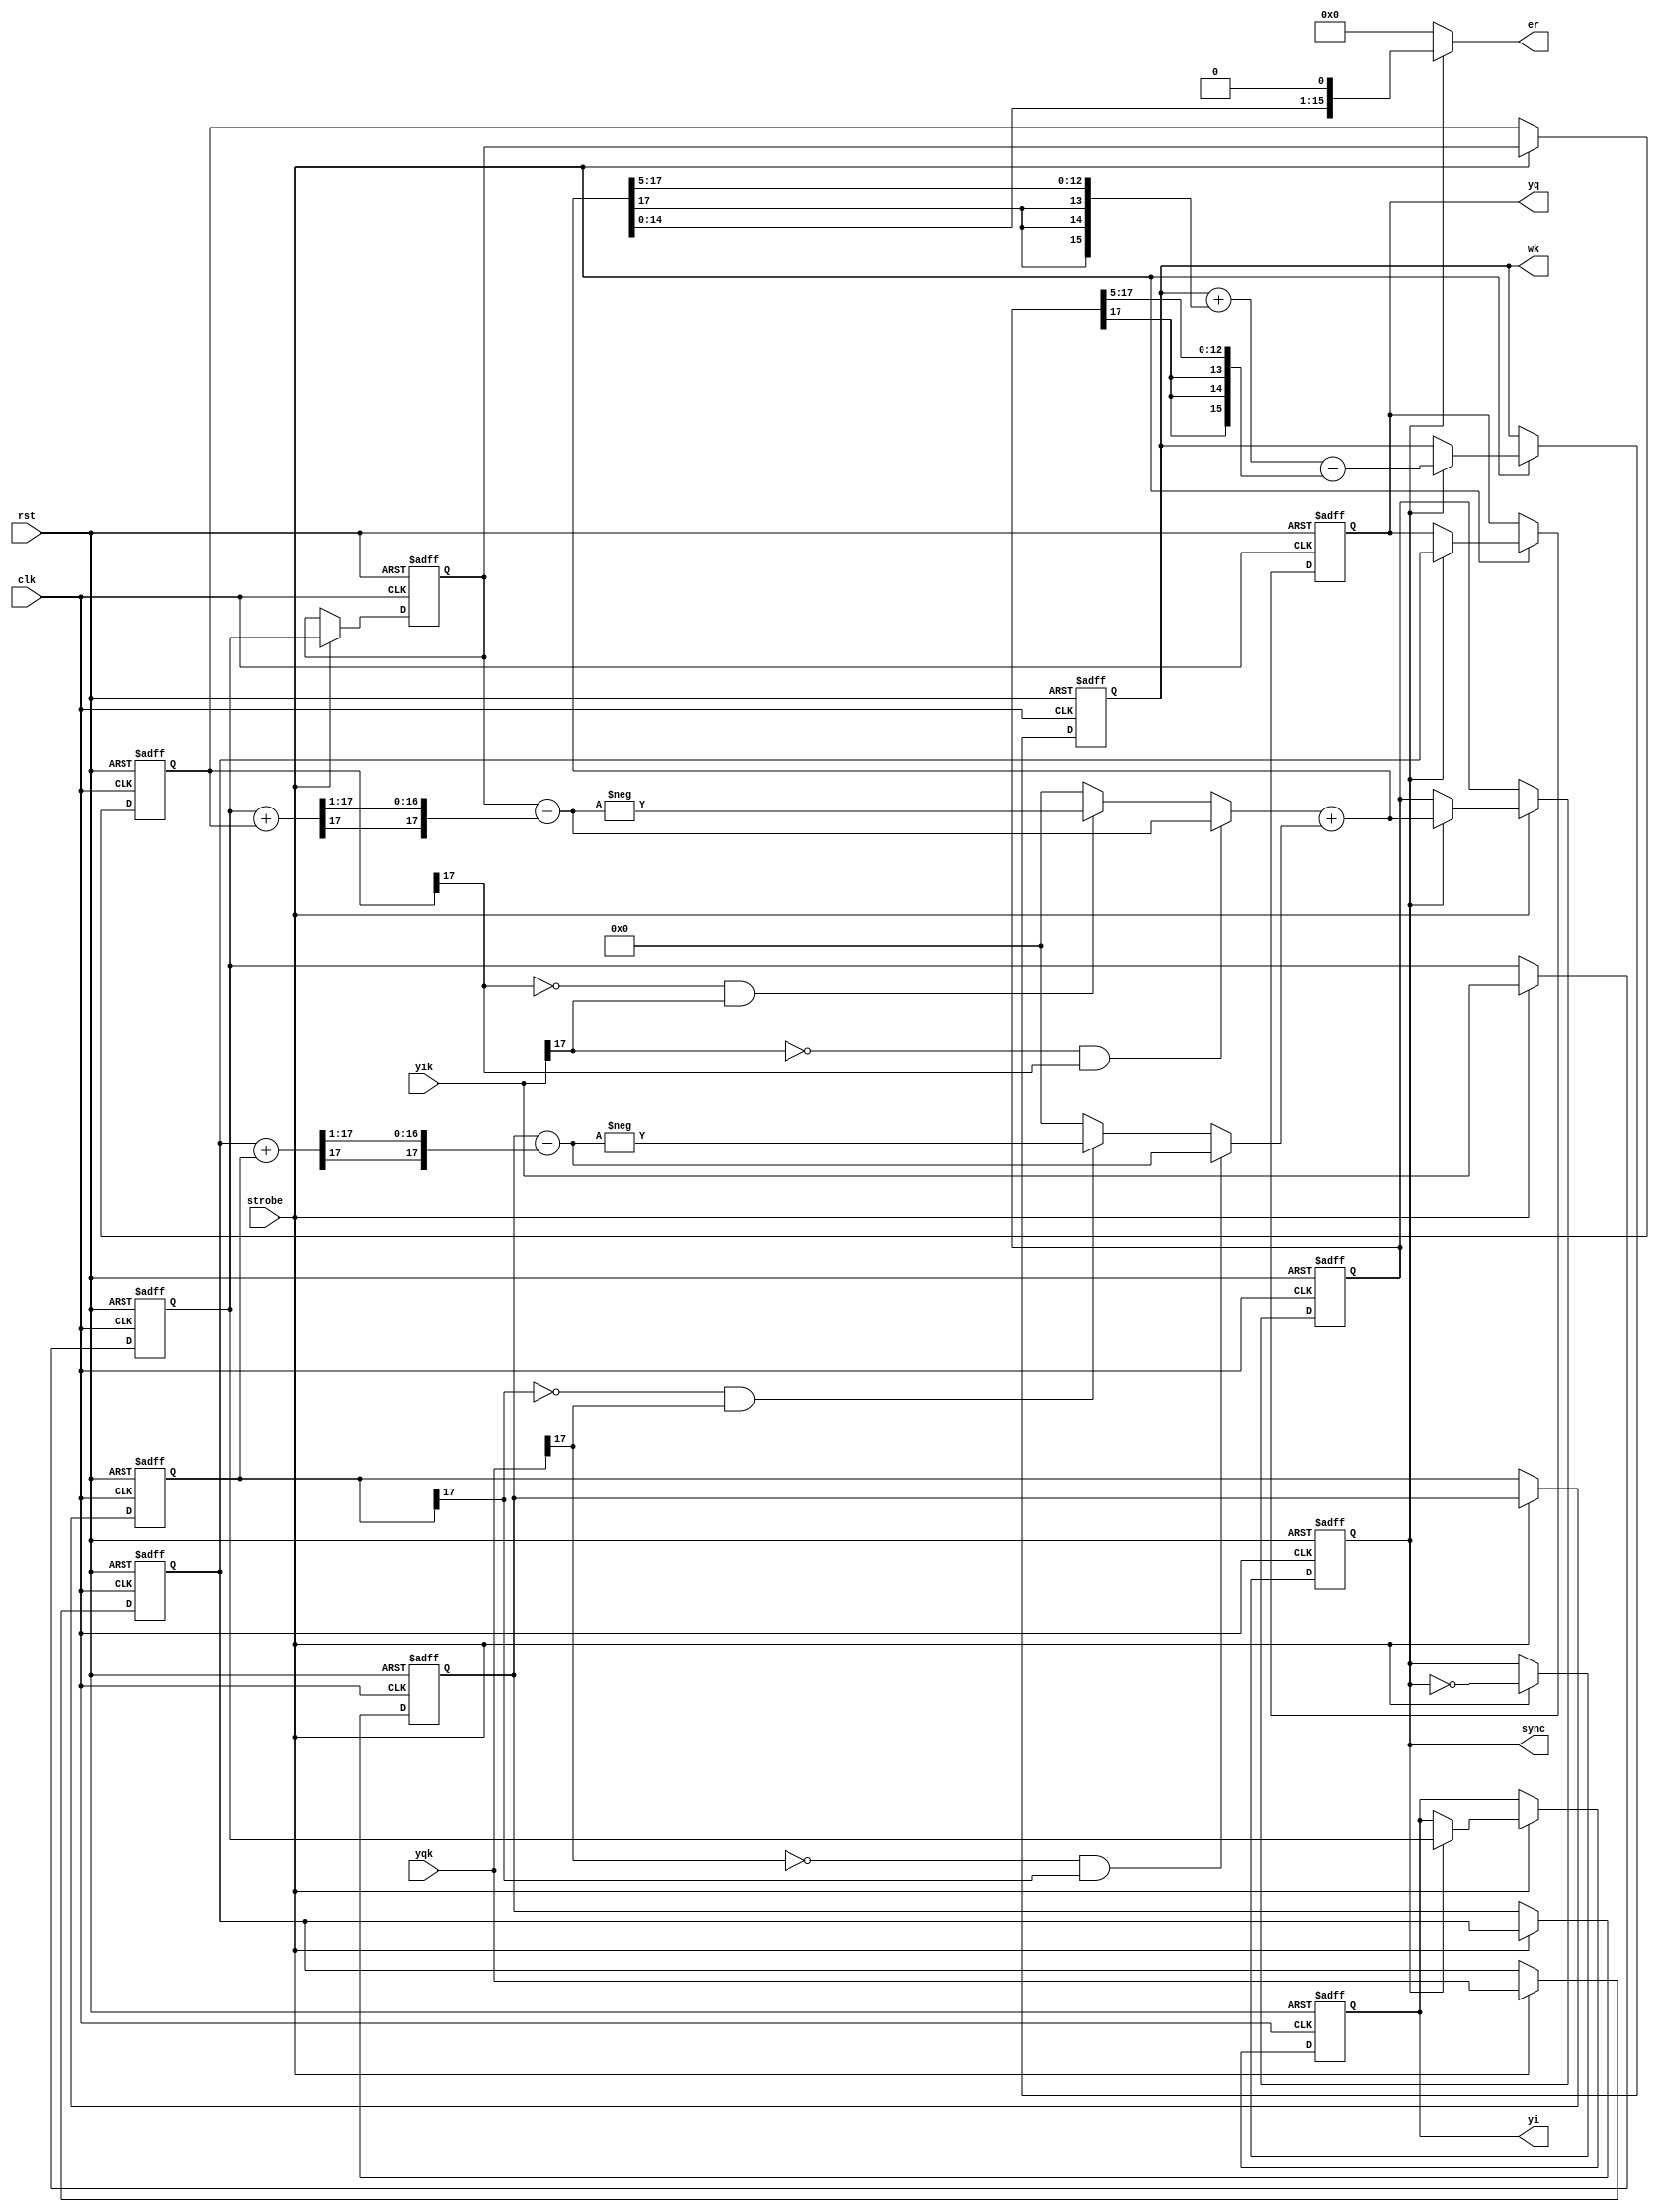
//ErrorLp.v
module ErrorLp (
	rst,clk,strobe,yik,yqk,
	yi,yq,sync,er,wk); 
	
	input		rst;    //
	input		clk;    ////4/4 MHz
	input		strobe; //gnco	
	input  signed [17:0]	yik;   //I/4 MHz
	input  signed [17:0]	yqk;   //Q/4 MHz	
	output signed [17:0]	yi;    //I/1 MHz
	output signed [17:0]	yq;    //Q/1 MHz	
	output signed [15:0]	er;    //
	output signed [15:0]	wk;    //
	output sync;                ///1 MHz	
	
	reg signed [17:0] yik_0,yqk_0,yik_1,yqk_1,yik_2,yqk_2,yit,yqt,err_1;
	wire signed [17:0] err;
 	reg signed [15:0] w;
	reg sk;
   always @(posedge clk or posedge rst)
      if (rst)
		   begin
            yik_0 <= 18'd0;
            yqk_0 <= 18'd0;
            yik_1 <= 18'd0;
            yqk_1 <= 18'd0;
            yik_2 <= 18'd0;
            yqk_2 <= 18'd0;
            yit <= 18'd0;
            yqt <= 18'd0;
            sk  <= 1'b0;
            err_1 <= 18'd0;
            //0.5
            w <= 16'b0100000000000000;
         end
      else
		   begin
         //gncostrobe
         if (strobe)
			   begin
              yik_0 <= yik;
              yqk_0 <= yqk;
              yik_1 <= yik_0;
              yqk_1 <= yqk_0;
              yik_2 <= yik_1;
              yqk_2 <= yqk_1;
              //sk
              sk <= !sk;
              //
				  if(sk) 
				     begin
                    //
                    yit <= yik_0;
                    yqt <= yqk_0;
                    //    
                    err_1 <= err;
                    //0.0156
                    //err2ererr52^(-6)
						  w <= w+{{3{err[17]}},err[17:5]}-{{3{err_1[17]}},err_1[17:5]};
                 end                    
           end
        end

    assign sync = sk;
	 assign wk = w;
    assign yi = yit;
	 assign yq = yqt;
	 
   /////////////////////////Gardner//////////////////////////
	wire signed [17:0] Ia2,Qa2,yik1_Ia,yqk1_Qa;
	reg signed [17:0] eri,erq;
	
   //8-292
   assign Ia2 = yik_0+yik_2;    
   assign Qa2 = yqk_0+yqk_2;    
   //8-282
   assign yik1_Ia = yik_1-{Ia2[17],Ia2[17:1]};
   assign yqk1_Qa = yqk_1-{Qa2[17],Qa2[17:1]};
    
   //8-28yikyik_2
   //3202,2
	always @(*)
	   if ((!yik[17]) && yik_2[17])
		   eri <= yik1_Ia;
		else if ((!yik_2[17]) && yik[17])
		   eri <= -yik1_Ia;
		else
		   eri <= 18'd0;
			
	always @(*)
	   if ((!yqk[17]) && yqk_2[17])
		   erq <= yqk1_Qa;
		else if ((!yqk_2[17]) && yqk[17])
		   erq <= -yqk1_Qa;
		else
		   erq <= 18'd0;			
    
   assign err = eri+erq;
   //2
   assign er = (sk)? {err[14:0],1'b0} :16'd0;
   /////////////////////////Gardner//////////////////////////

endmodule